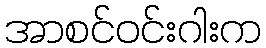
အာစင်ဝင်းဂါးက